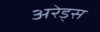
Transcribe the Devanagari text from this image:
अरेड्स